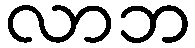
လာဘ